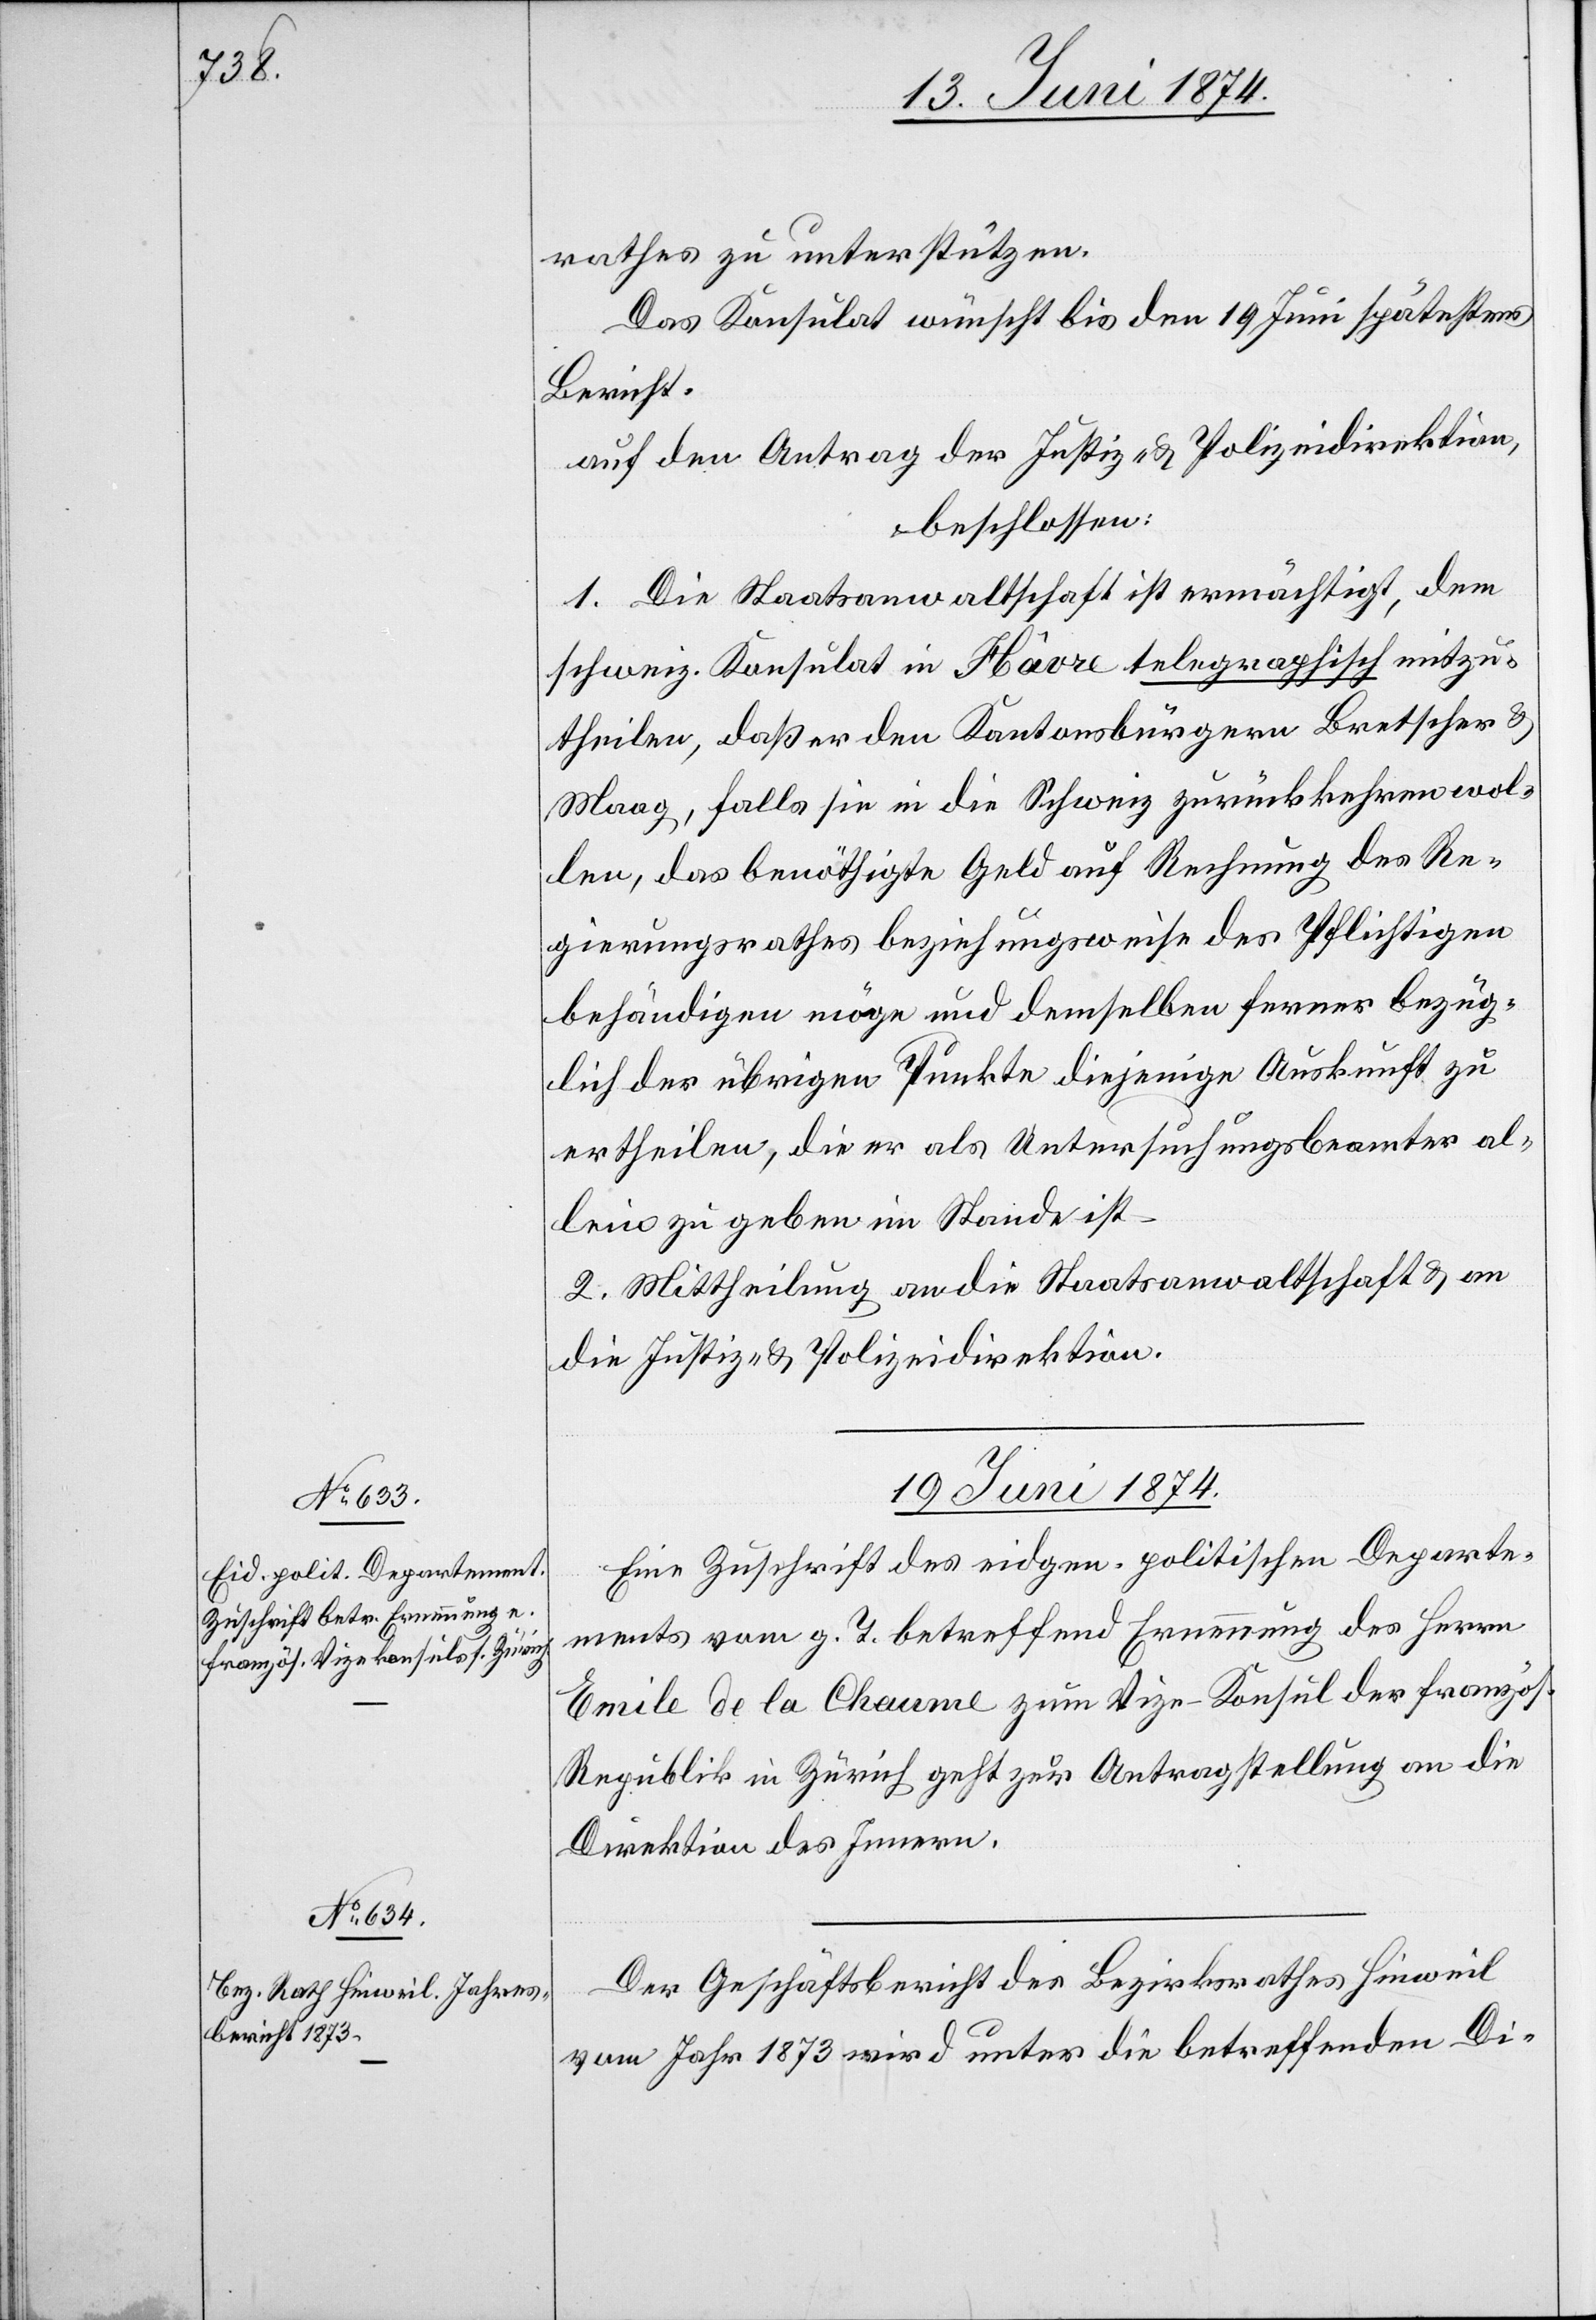
19. Juni 1874.]
rathes zu unterstützen.
Das Konsulat wünscht bis den 19. Juni spätestens
Bericht.
auf den Antrag der Justiz- u. Polizeidirektion,
beschlossen:
1. Die Staatsanwaltschaft ist ermächtigt, dem
schweiz. Konsulat in Hâvre telegraphisch mitzu¬
theilen, daß er den Kantonsbürgern Bretscher u.
Maag, falls sie in die Schweiz zurückkehren wol¬
len, das benöthigte Geld auf Rechnung des Re¬
gierungsrathes beziehungsweise des Pflichtigen
behändigen möge und demselben ferner bezüg¬
lich der übrigen Punkte diejenige Auskunft zu
ertheilen, die er als Untersuchungsbeamter al¬
lein zu geben im Stande ist.
2. Mittheilung an die Staatsanwaltschaft u. an
die Justiz- u. Polizeidirektion.
19. Juni 1874.
Eine Zuschrift des eidgen. politischen Departe¬
ments vom g. T. betreffend Ernennung des Herrn
Emile de la Cheume zum Vize-Konsul der französ.
Republik in Zürich geht zur Antragstellung an die
Direktion des Innern.
Der Geschäftsbericht des Bezirksrathes Hinweil
vom Jahr 1873 wird unter die betreffenden Di-